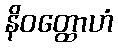
နိဝတ္ထောဟံ